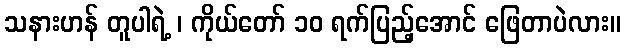
သနားဟန် တူပါရဲ့ ၊ ကိုယ်တော် ၁၀ ရက်ပြည့်အောင် ဖြေတာပဲလား။